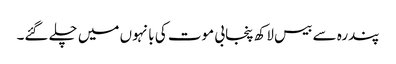
پندرہ سے بیس لاکھ پنجابی موت کی بانہوں میں چلے گئے۔